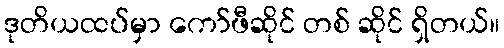
ဒုတိယထပ်မှာ ကော်ဖီဆိုင် တစ် ဆိုင် ရှိတယ်။